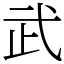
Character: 武